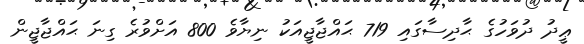
ޢީދު ދުވަހުގެ ޙާދިސާގައި 719 ޙައްޖާޖީއަކު ނިޔާވެ 800 އަށްވުރެ ގިނަ ޙައްޖާޖީން